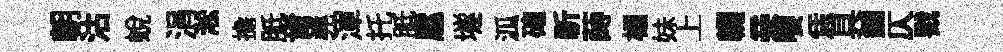
朝沽蜕涓淞擔胝肯堯渾托胝扈𡑞泒確祈蒔榻妹上輟亲嚶恁具鑣仄戮